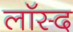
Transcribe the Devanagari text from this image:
लॉस्द